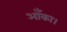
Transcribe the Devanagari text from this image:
आँका।